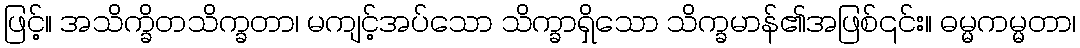
ဖြင့်။ အသိက္ခိတသိက္ခတာ၊ မကျင့်အပ်သော သိက္ခာရှိသော သိက္ခမာန်၏အဖြစ်၎င်း။ ဓမ္မကမ္မတာ၊